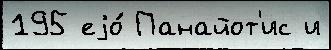
195 еjо́ Панайот'ис и